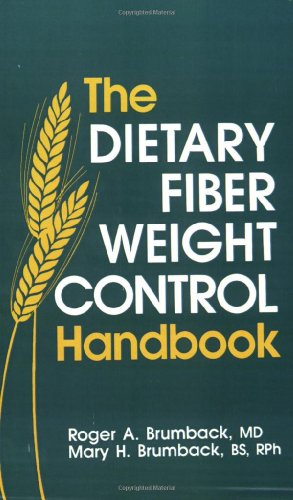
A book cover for The Dietary Fiber Weight Control Handbook; Roger A. Brumback; Health, Fitness & Dieting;